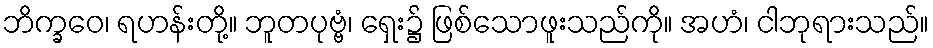
ဘိက္ခဝေ၊ ရဟန်းတို့။ ဘူတပုဗ္ဗံ၊ ရှေး၌ ဖြစ်သောဖူးသည်ကို။ အဟံ၊ ငါဘုရားသည်။